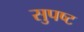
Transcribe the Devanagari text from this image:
सुपष्ट